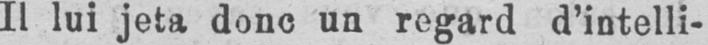
Il lui jeta donc un regard d’intelli-